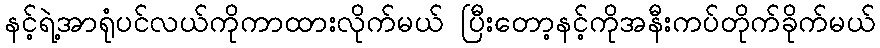
နင့်ရဲ့အာရုံပင်လယ်ကိုကာထားလိုက်မယ် ပြီးတော့နင့်ကိုအနီးကပ်တိုက်ခိုက်မယ်